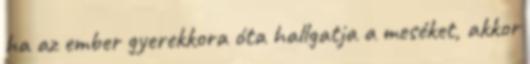
ha az ember gyerekkora óta hallgatja a meséket, akkor